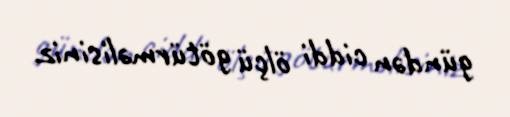
gündən ciddi ölçü götürməlisiniz.